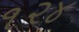
૧૨૪